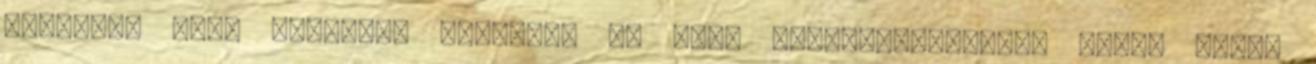
hatékony csak ráfújod, letörlöd és kész tisztítószernél, amely "több